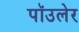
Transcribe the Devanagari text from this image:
पॉउलेर